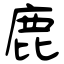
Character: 鹿